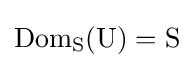
{\rm {{Dom}_{S}(U)=S}}